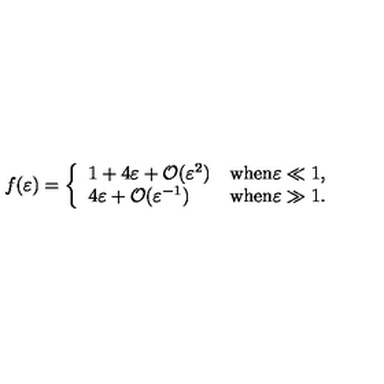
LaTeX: f ( \varepsilon ) = \left\{ \begin{array} { l l } { 1 + 4 \varepsilon + \mathcal { O } ( \varepsilon ^ { 2 } ) } & { \mathrm { w h e n \varepsilon \ll 1 } , } \\ { 4 \varepsilon + \mathcal { O } ( \varepsilon ^ { - 1 } ) } & { \mathrm { w h e n \varepsilon \gg 1 } . } \\ \end{array} \right.